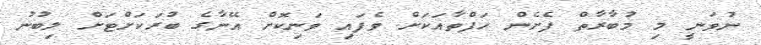
ނުވަނީ މި މުބާރާތް ފެށެން ހަފްތާއަކަށް ވެފައި ވަނިކޮށް އޭނާގެ ބުރަކަށްޓަށް ލިބުނު